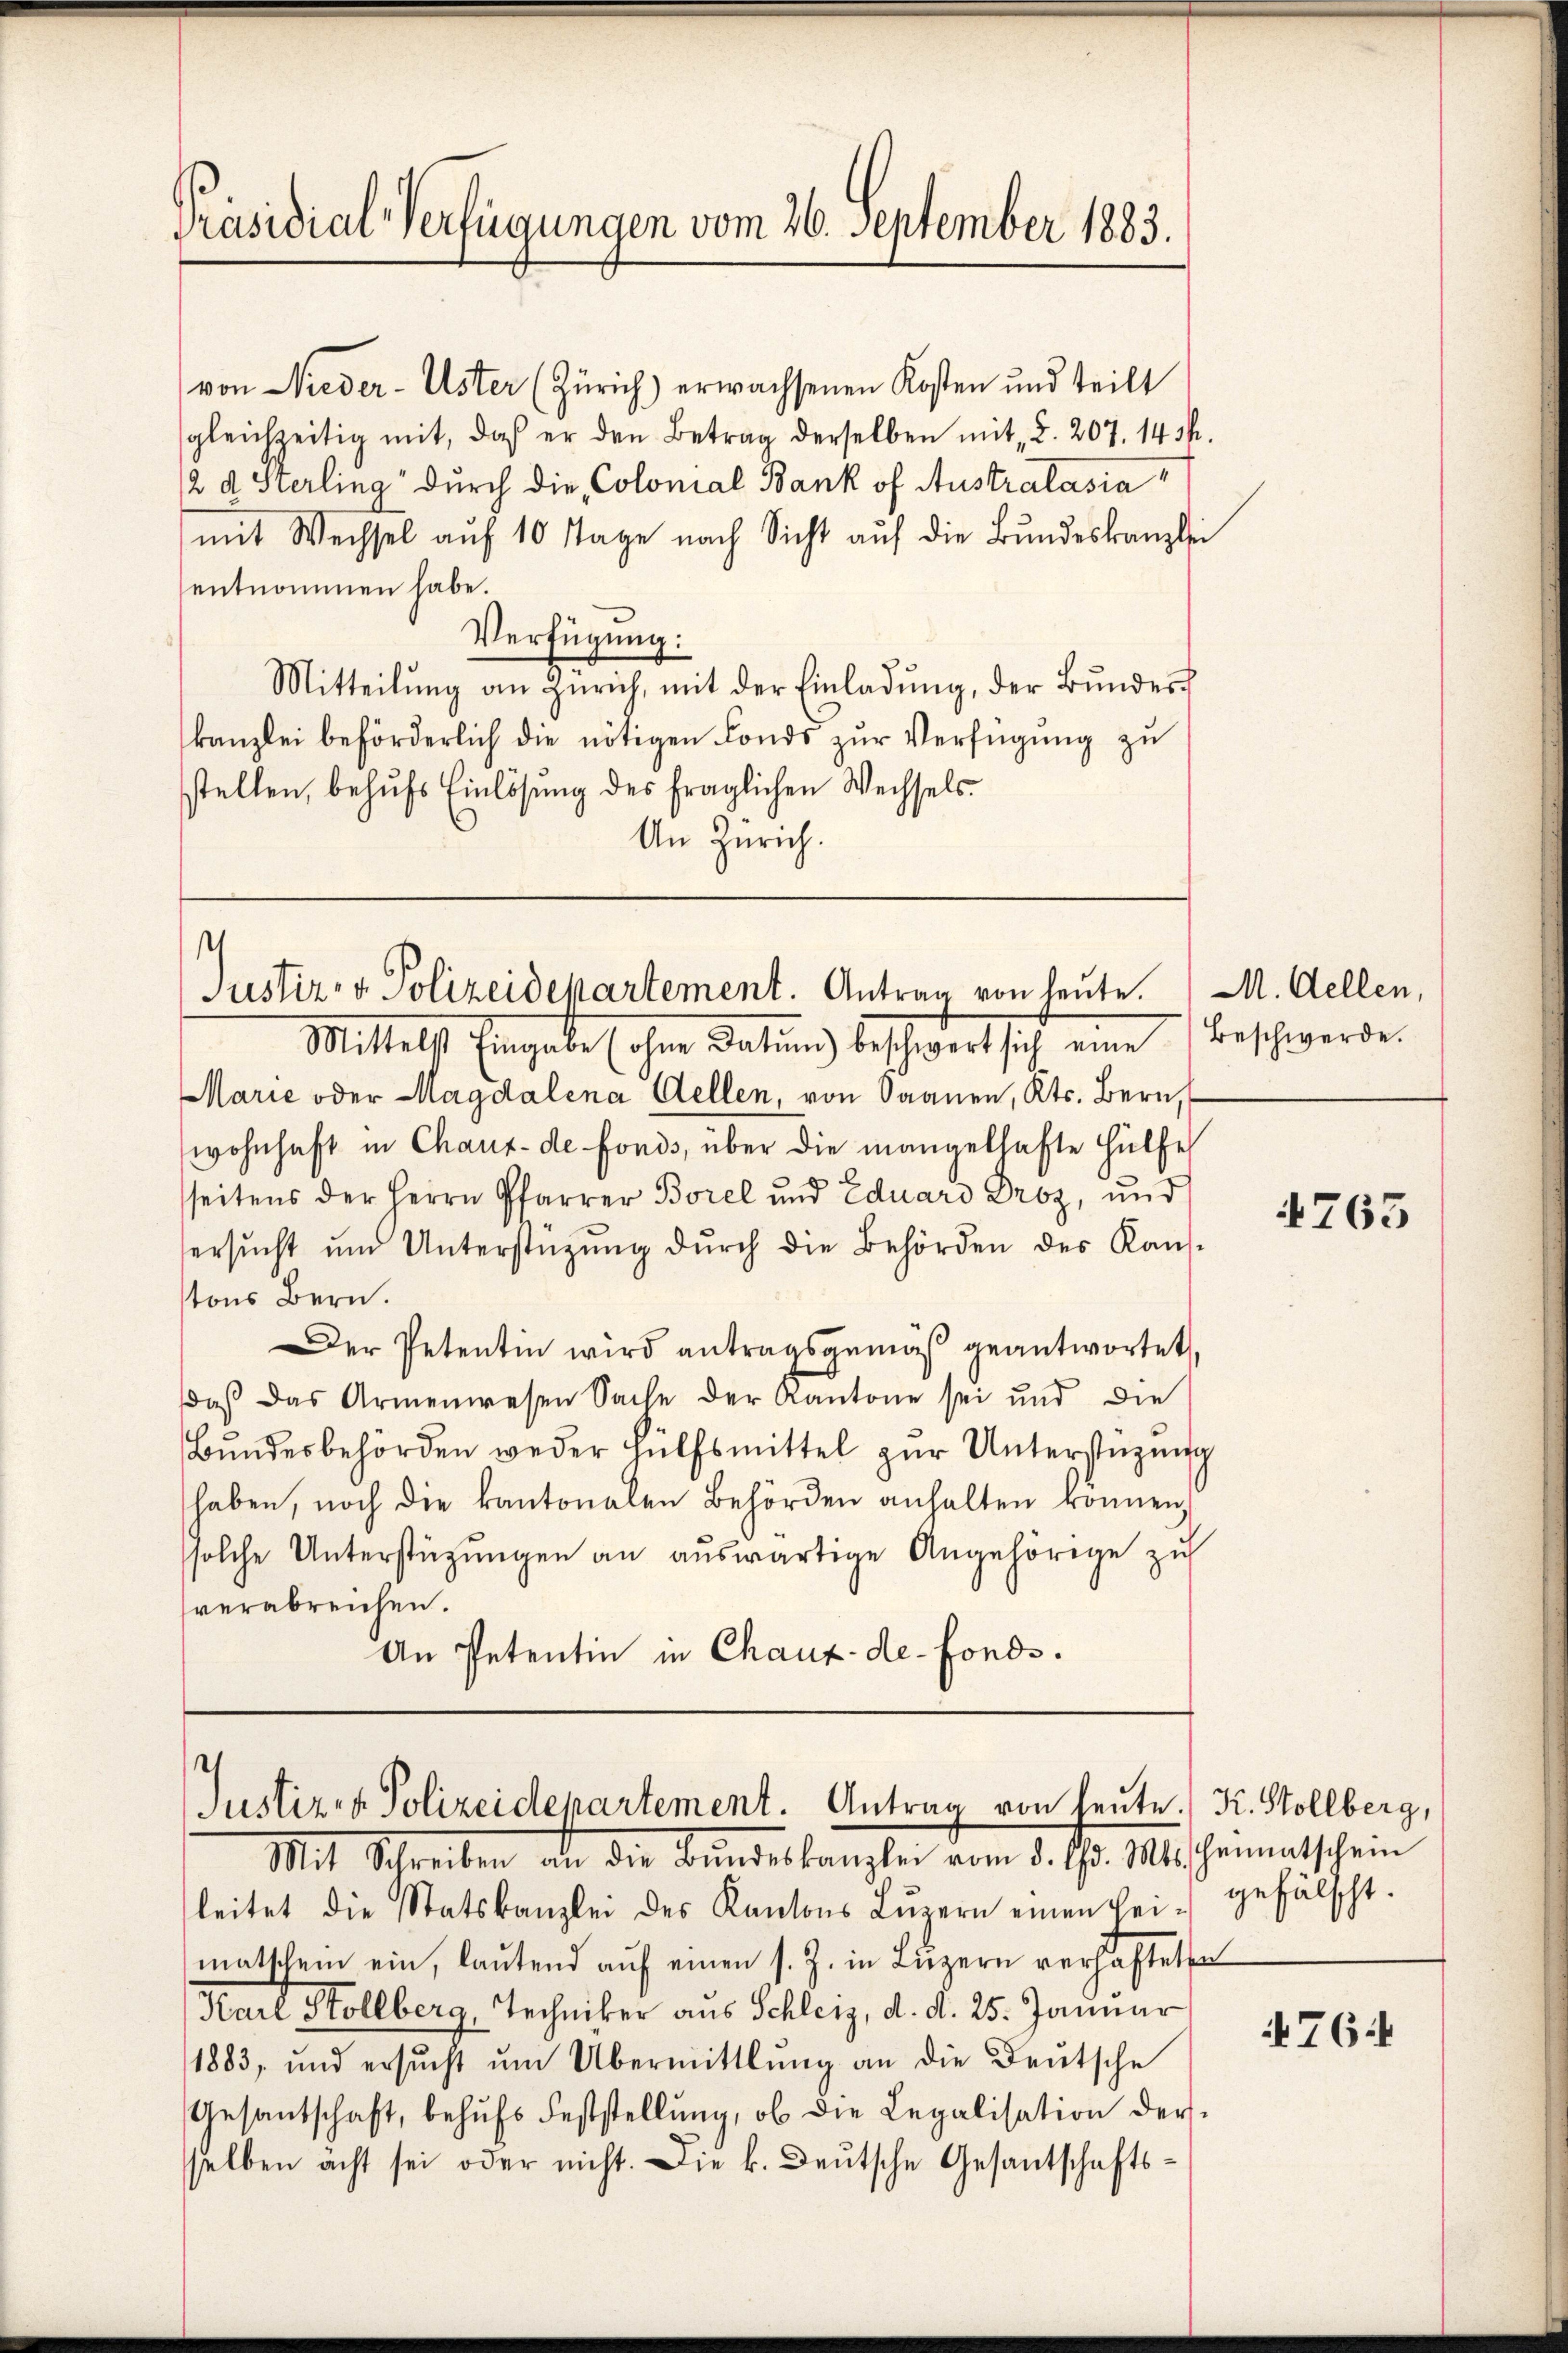
Präsidial-Verfügungen vom 26. September 1883.

von Nieder-Uster (Zürich) erwachsenen Kosten und teilt
sgleichzeitig mit, daß er den Betrag derselben mit §. 207. 1434.
2 d Sterling durch die Colonial Bank of Australasia
mit Wechsel auf 10 Tage nach Sicht auf die Bundeskanzlei
entnommen habe.
Verfügung:
Mitteilŭng an Zürich, mit der Einladŭng, der Bŭndes-
kanzlei beförderlich die nötigen Fonds zur Verfügung zu
stellen, behufs Einlösung des fraglichen Wechsels.
An Zürich.

¬
Justiz- & Polizeidepartement. Antrag von heute.
Mittelst Eingabe (ohne Datum beschwert sich eine Beschwerde.

Marie oder Magdalena Gellen, von Saanen, Kts. Bern,
wohnhaft in Chaux-de-Fonds, über die mangelhafte Hülfe
seitens der Herrn Pfarrer Borel und Eduard Droz, und
ersŭcht und Unterstützŭng dŭrch die Behörden des Kans-
tons Bern.
Der Petentin wird antragsgemäß geantwortet,
daβ das Armenwesen Sache der Kantone sei und die
Bŭndesbehörden weder Hülfsmittel zŭr Unterstüzung
haben, noch die kantonalen Behörden anhalten können,
solche Unterstüzungen an auswärtige Angehörige zu
verabreichen.
An Petentin in Chaux-de-Fonds.

Justizen Polizeidepartement. Antrag von heute K. Stollberg,
Mit Schreiben an die Bundeskanzlei vom 5. 13. Mischementschein

leitet die Statskanzlei des Kantons Lŭzern einen sei gefälscht.
matschem ein, laŭtend aŭf einen s. Z. in Luzern verhaftete
Karl Stollberg, Techniker aus Schleiz, d. d. 25. Januar
1883, und ersŭcht ŭm Übermittlung an die Deutsche
Gesantschaft, behŭfs Feststellŭng, ob die Legalisation der
selben acht sei oder nicht. Die k. Deutsche Gesantschafts¬

M. Kellen,

4765

76